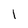
Character: 1